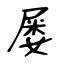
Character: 屡